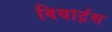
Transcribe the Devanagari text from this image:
वियार्ट्रस